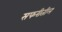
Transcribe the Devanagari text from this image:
सफरीतील